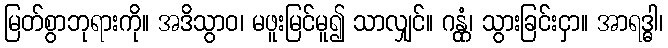
မြတ်စွာဘုရားကို။ အဒိသွာဝ၊ မဖူးမြင်မူ၍ သာလျှင်။ ဂန္တုံ၊ သွားခြင်းငှာ။ အာရဒ္ဓါ၊